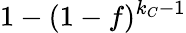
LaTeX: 1-(1-f)^{k_{C}-1}